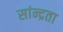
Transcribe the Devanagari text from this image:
सांन्द्रता